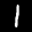
Label: 1